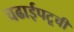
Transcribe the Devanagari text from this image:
चढाईपटूची